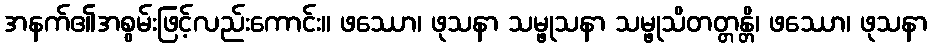
အနက်၏အစွမ်းဖြင့်လည်းကောင်း။ ဖဿော၊ ဖုသနာ သမ္ဖုသနာ သမ္ဖုသိတတ္တန္တိ၊ ဖဿော၊ ဖုသနာ